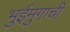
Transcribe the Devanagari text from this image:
भुईमुगाची